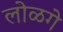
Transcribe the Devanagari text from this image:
लोळगे